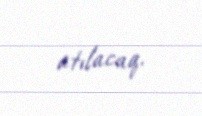
atılacaq.